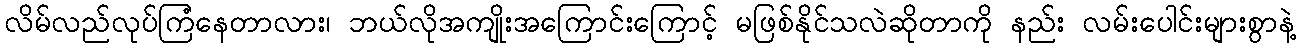
လိမ်လည်လုပ်ကြံနေတာလား၊ ဘယ်လိုအကျိုးအကြောင်းကြောင့် မဖြစ်နိုင်သလဲဆိုတာကို နည်း လမ်းပေါင်းများစွာနဲ့